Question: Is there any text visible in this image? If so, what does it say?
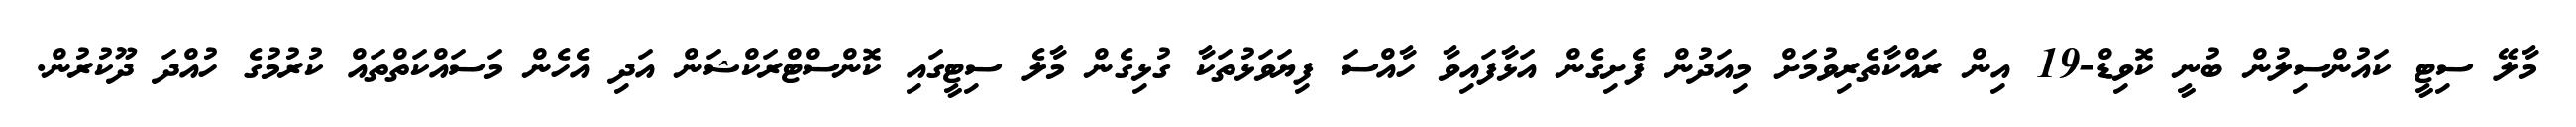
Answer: މާލޭ ސިޓީ ކައުންސިލުން ބުނީ ކޮވިޑް-19 އިން ރައްކާތެރިވުމަށް މިއަދުން ފެށިގެން އަޅާފައިވާ ހާއްސަ ފިޔަވަޅުތަކާ ގުޅިގެން މާލެ ސިޓީގައި ކޮންސްޓްރަކްޝަން އަދި އެހެން މަސައްކަތްތައް ކުރުމުގެ ހުއްދަ ދޫކުރުން.